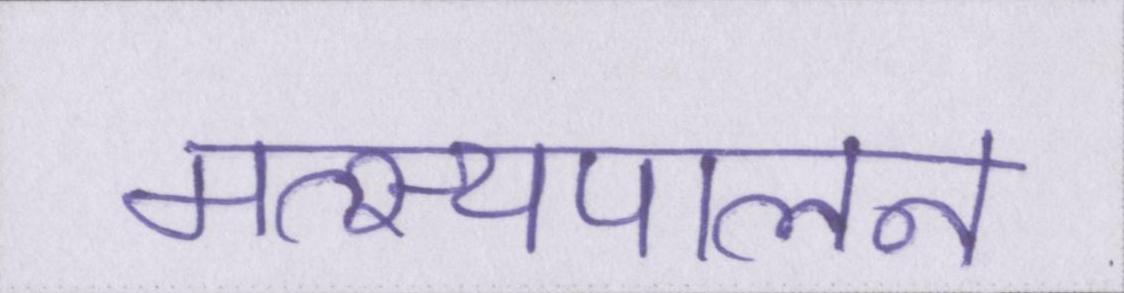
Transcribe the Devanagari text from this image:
मत्स्यपालन